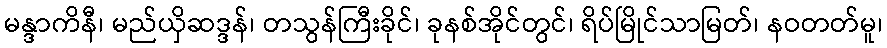
မန္ဒာကိနီ၊ မည်ယှိဆဒ္ဒန်၊ တသွန်ကြီးခိုင်၊ ခုနစ်အိုင်တွင်၊ ရိပ်မြိုင်သာမြတ်၊ နဝတတ်မူ၊